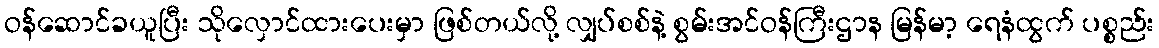
ဝန်ဆောင်ခယူပြီး သိုလှောင်ထားပေးမှာ ဖြစ်တယ်လို့ လျှပ်စစ်နဲ့ စွမ်းအင်ဝန်ကြီးဌာန မြန်မာ့ ရေနံထွက် ပစ္စည်း